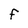
Character: F